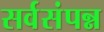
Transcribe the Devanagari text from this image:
सर्वसंपन्न